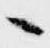
々